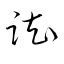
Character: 踟